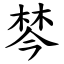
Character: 棽